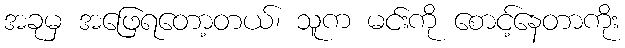
အခုမှ အဖြေရတော့တယ်၊ သူက မင်းကို စောင့်နေတာကိုး